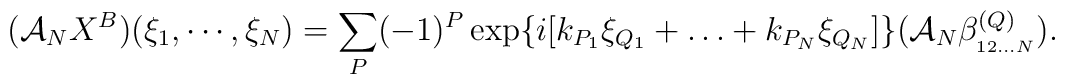
({\cal A}_{N}X^{B})(\xi_{1},\cdots,\xi_{N})=\sum_{P} (-1)^{P}\exp\{i[k_{P_{1}}\xi_{Q_{1}}+\ldots+k_{P_{N}}\xi_{Q_{N}}]\}({\cal A}_{N} \beta_{_{12\ldots N}}^{(Q)}).